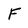
Character: F